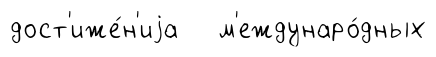
дост'иже́н'иjа м'еждунаро́дных